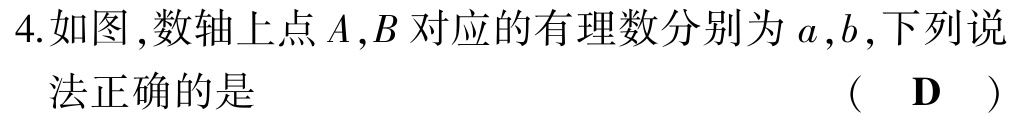
4.如图，数轴上点\(A,B\)对应的有理数分别为\(a,b\)，下列说法正确的是 （ D ）